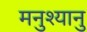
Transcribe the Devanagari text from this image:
मनुश्‍यानु